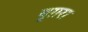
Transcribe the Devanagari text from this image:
बूग़रा